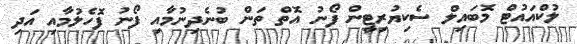
ލުކްއައުޓް މޮބައިލް ސެކިޔުރިޓީން ފޯނު އޮތް ތަން ބުނެދިނުމާއި ފޯނު ފޮހެލުމާއި އަދި